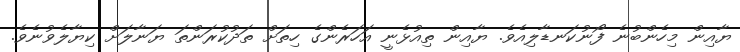
ޔާއިން މިހެންބުނެ ފޯނުކަނޑާލިއެވެ. ޔާއިން ތިއުޅެނީ އަހަރެންގެ ހިތަށް ތަދުކުރަންތަ ޔަނާލަށް ކިޔާލެވުނެވެ.